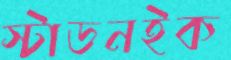
স্টাডনইক